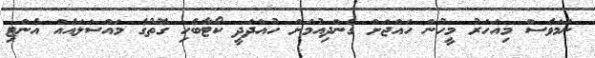
ނަމަވެސް މިއަހަރު މީހުން ހައްޖަށް ގެންދިއުމަށް ހުއްދަދީ ކޯޓާބެހި ގޮތުގެ މައްސަލައެއް އެންޓި